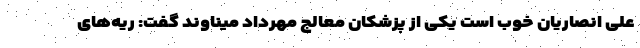
علی انصاریان خوب است یکی از پزشکان معالج مهرداد میناوند گفت: ریه‌های